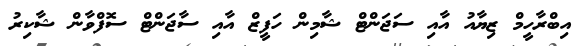
އިބްރާހީމް ޒިޔާއު އާއި ސަޖަންޓް ޝާމިން ހަފީޒް އާއި ސާޖަންޓް ސޮފްވާން ޝާކިރު